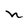
Character: n